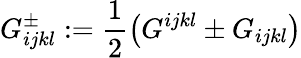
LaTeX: G_{ijkl}^{\pm}:=\frac 12\left(G^{ijkl}\pm G_{ijkl}\right)